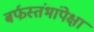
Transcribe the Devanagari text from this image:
बर्फस्तंभांपेक्षा